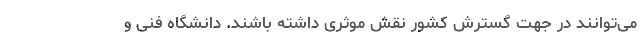
می‌توانند در جهت گسترش کشور نقش موثری داشته باشند. دانشگاه فنی و